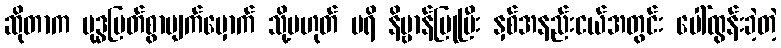
ဆိုတာက ဗုဒ္ဓမြတ်စွာမျက်မှောက် သို့မဟုတ် ပရိ နိဗ္ဗာန်ပြုပြီး နှစ်အနည်းငယ်အတွင်း ပေါ်ထွန်းခဲ့တဲ့